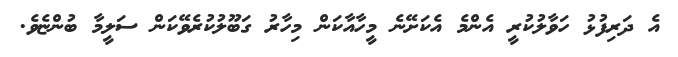
އެ ދަރިފުޅު ހަވާލުކުރީ އެންމެ އެކަށޭނެ މީހާއާކަން މިހާރު ގަބޫލުކުރެވޭކަން ސަލީމާ ބުންޏެވެ.